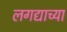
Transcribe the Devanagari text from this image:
लगद्याच्या